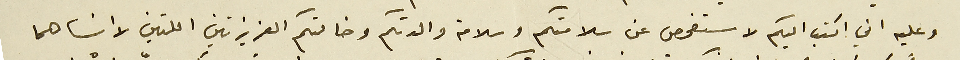
وعليه اني اكتب اليكم لاستفحص عن سلامتكم وسلامة والدتكم وخالتكم العزيزتين اللتين لا انساهما